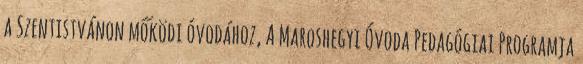
a Szentistvánon mőködı óvodához, A Maroshegyi Óvoda Pedagógiai Programja